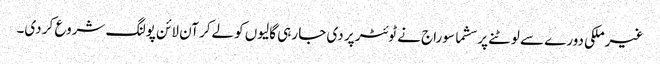
غیرملکی دورے سے لوٹنے پر سشما سوراج نے ٹوئٹر پر دی جا رہی گالیوں کو لےکر آن لائن پولنگ شروع کر دی۔